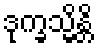
ဒုက္ခသ္မိန္တိ